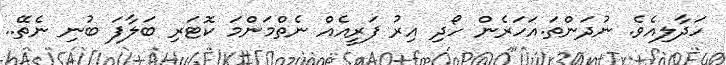
ހަދާލިއެވެ. ނުދަންތަ.އަހަރެން ހޯދި އިރު ފަރީއެއް ނެތްމަންމަ ކޮޓަރި ބަލާފަ ބުނި ނެތޭ..